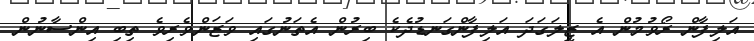
އަލިފާން ރޯވުމުން އެ ޒީލަގަދަ އަލިފާންގަނޑުދެކެ ބިރުން އެތަނުގައި ވަޒަންވެރިވެ ތިބި އިންސާނުން